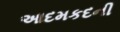
આદમકદની